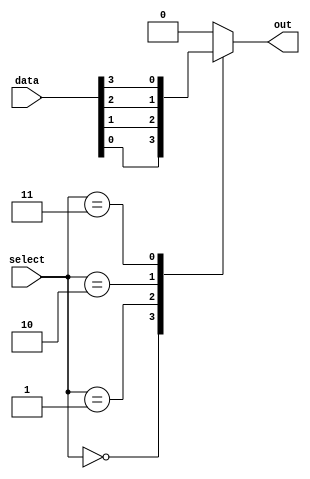
module multiplexer_64to1 (
    input [63:0] data,
    input [5:0] select,
    output reg out
);

always @* begin
    case (select)
        6'b000000: out = data[0];
        6'b000001: out = data[1];
        6'b000010: out = data[2];
        6'b000011: out = data[3];
        // Add more cases for the remaining input data lines
        // 6'b111111: out = data[63];
        default: out = 0; // Default case to handle invalid select values
    endcase
end

endmodule